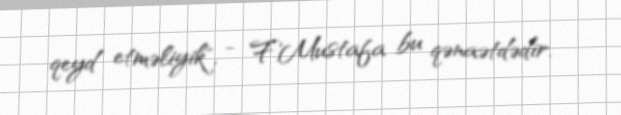
qeyd etməliyik", - F.Mustafa bu qənaətdədir.